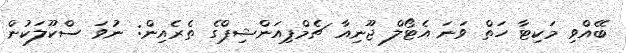
ބޭއްވި މަކިޓާ ހަތް ވަނަ އެޓޯލް ޖޫނިއާ ޗެމްޕިއަންޝިޕްގެ ތެރެއިން: ނުވަ ސްކޫލަކުން